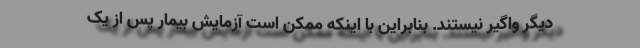
دیگر واگیر نیستند. بنابراین با اینکه ممکن است آزمایش بیمار پس از یک